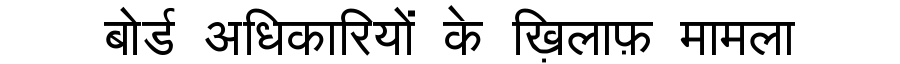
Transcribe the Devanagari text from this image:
बोर्ड अधिकारियों के ख़िलाफ़ मामला